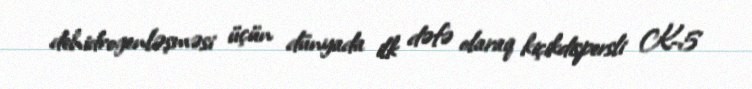
dehidrogenləşməsi üçün dünyada ilk dəfə olaraq kiçikdispersli K-5